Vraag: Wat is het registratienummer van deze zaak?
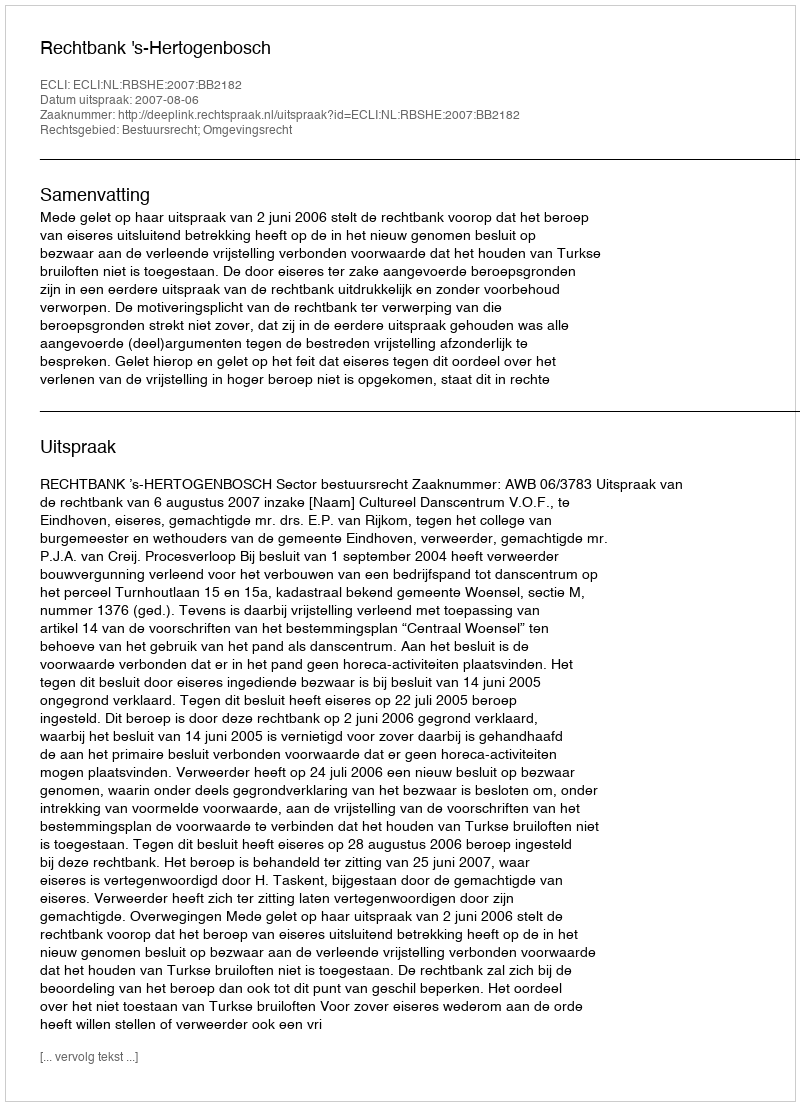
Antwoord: http://deeplink.rechtspraak.nl/uitspraak?id=ECLI:NL:RBSHE:2007:BB2182